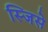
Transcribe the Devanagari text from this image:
स्जिसे